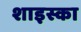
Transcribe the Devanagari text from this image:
शाइस्का